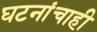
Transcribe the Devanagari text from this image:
घटनांचाही